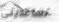
تساعدينى